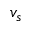
v _ { s }